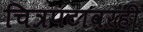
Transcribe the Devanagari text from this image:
चित्रपटावरही